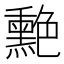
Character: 𦫯